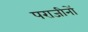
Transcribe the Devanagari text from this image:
पराजीनों